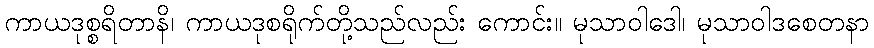
ကာယဒုစ္စရိတာနိ၊ ကာယဒုစရိုက်တို့သည်လည်း ကောင်း။ မုသာဝါဒေါ၊ မုသာဝါဒစေတနာ